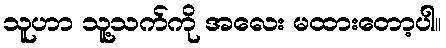
သူဟာ သူ့သက်ကို အလေး မထားတော့ပါ။